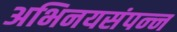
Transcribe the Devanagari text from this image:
अभिनयसंपन्‍न